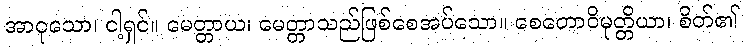
အာဝုသော၊ ငါ့ရှင်။ မေတ္တာယ၊ မေတ္တာသည်ဖြစ်စေအပ်သော။ စေတောဝိမုတ္တိယာ၊ စိတ်၏